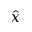
\hat { x }